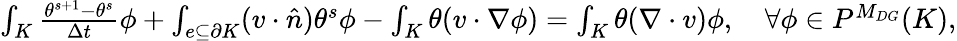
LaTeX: \begin{array}{r}{\int_{K}\frac{\theta^{s+1}-\theta^{s}}{\Delta t}\phi+\int_{e\subseteq\partial K}(v\cdot\hat{n})\theta^{s}\phi-\int_{K}\theta(v\cdot\nabla\phi)=\int_{K}\theta(\nabla\cdot v)\phi,\quad\forall\phi\in P^{M_{DG}}(K),}\end{array}